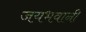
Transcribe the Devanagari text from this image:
जयभवानी